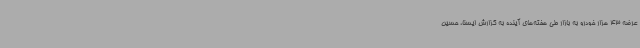
عرضه 43 هزار خودرو به بازار طی هفته‌های آینده به گزارش ایسنا، حسین